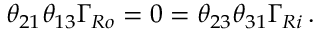
\theta _ { 2 1 } \theta _ { 1 3 } \Gamma _ { R o } = 0 = \theta _ { 2 3 } \theta _ { 3 1 } \Gamma _ { R i } \, .